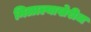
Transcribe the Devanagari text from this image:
मिळाल्याखेरीज